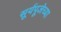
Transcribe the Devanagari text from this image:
सूर्यपूजेच्या